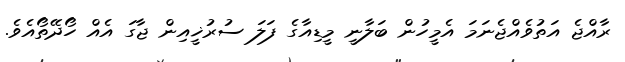
ރާއްޖެ އަތުވެއްޖެނަމަ އެމީހުން ބަލާނީ މީޑިއާގެ ފަލަ ސުރުޚީއިން ޖާގަ އެއް ހޯދޭތޯއެވެ.